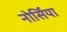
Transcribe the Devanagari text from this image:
नोर्सिया